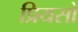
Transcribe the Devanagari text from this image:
प्रियसों